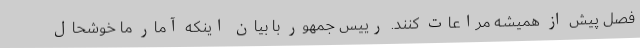
فصل پیش از همیشه مراعات کنند. رییس جمهور با بیان اینکه آمار ما خوشحال